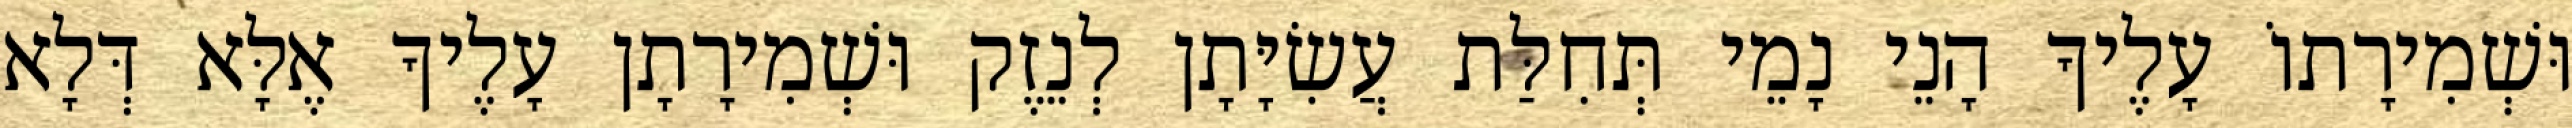
וּשְׁמִירָתוֹ עָלֶיךָ הָנֵי נָמֵי תְּחִלַּת עֲשִׂיָּתָן לְנֵזֶק וּשְׁמִירָתָן עָלֶיךָ אֶלָּא דְּלָא